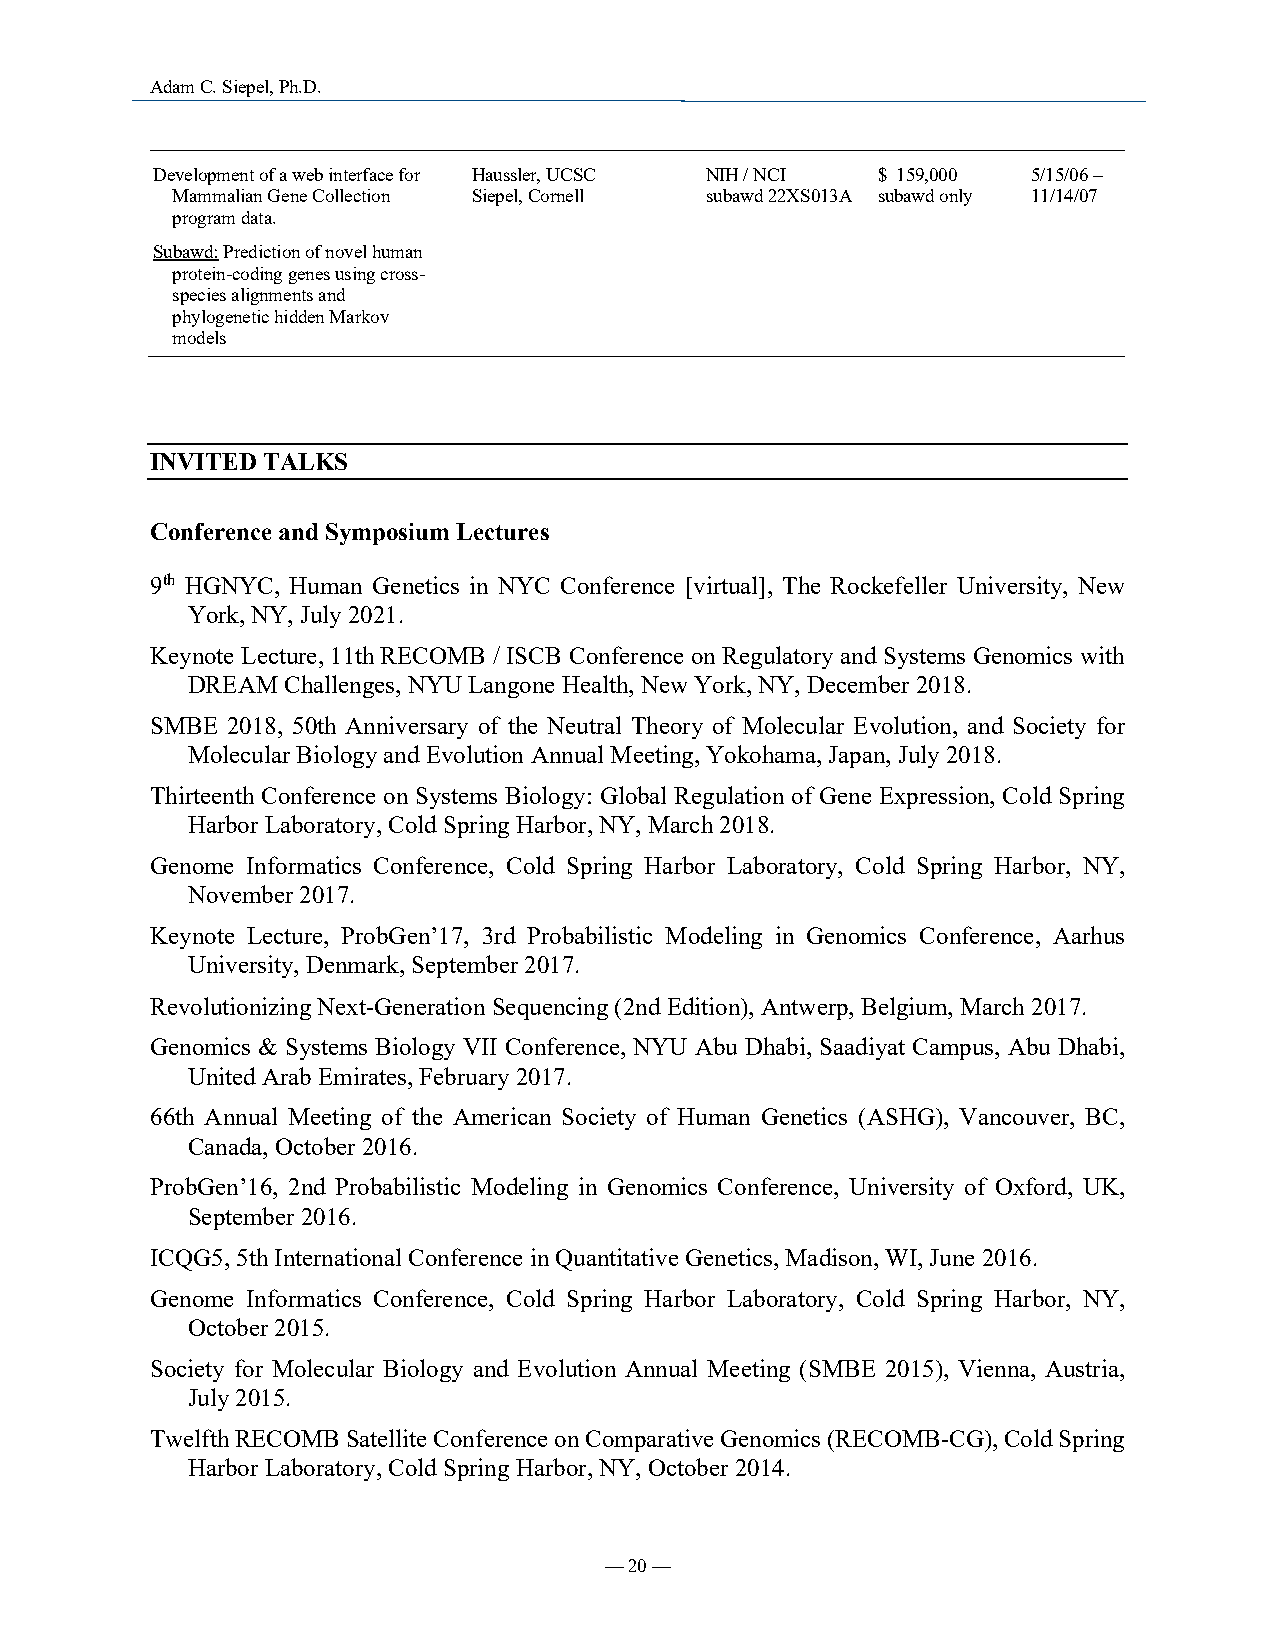
Adam C. Siepel, Ph.D.
 Development of a web interface for Haussler, UCSC NIH / NCI $ 159,000 5/15/06 –
 Mammalian Gene Collection Siepel, Cornell subawd 22XS013A subawd only 11/14/07
 program data.
 Subawd: Prediction of novel human
 protein-coding genes using cross-
 species alignments and
 phylogenetic hidden Markov
 models
 INVITED TALKS
 Conference and Symposium Lectures
 9th HGNYC, Human Genetics in NYC Conference [virtual], The Rockefeller University, New
 York, NY, July 2021.
 Keynote Lecture, 11th RECOMB / ISCB Conference on Regulatory and Systems Genomics with
 DREAM  Challenges, NYU Langone Health, New York, NY, December 2018.
 SMBE 2018, 50th Anniversary of the Neutral Theory of Molecular Evolution, and Society for
 Molecular Biology and Evolution Annual Meeting, Yokohama, Japan, July 2018.
 Thirteenth Conference on Systems Biology: Global Regulation of Gene Expression, Cold Spring
 Harbor Laboratory, Cold Spring Harbor, NY, March 2018.
 Genome Informatics Conference, Cold Spring Harbor Laboratory, Cold Spring Harbor, NY,
 November 2017.
 Keynote Lecture, ProbGen’17, 3rd Probabilistic Modeling in Genomics Conference, Aarhus
 University, Denmark, September 2017.
 Revolutionizing Next-Generation Sequencing (2nd Edition), Antwerp, Belgium, March 2017.
 Genomics & Systems Biology VII Conference, NYU Abu Dhabi, Saadiyat Campus, Abu Dhabi,
 United Arab Emirates, February 2017.
 66th Annual Meeting of the American Society of Human Genetics (ASHG), Vancouver, BC,
 Canada, October 2016.
 ProbGen’16, 2nd Probabilistic Modeling in Genomics Conference, University of Oxford, UK,
 September 2016.
 ICQG5, 5th International Conference in Quantitative Genetics, Madison, WI, June 2016.
 Genome Informatics Conference, Cold Spring Harbor Laboratory, Cold Spring Harbor, NY,
 October 2015.
 Society for Molecular Biology and Evolution Annual Meeting (SMBE 2015), Vienna, Austria,
 July 2015.
 Twelfth RECOMB Satellite Conference on Comparative Genomics (RECOMB-CG), Cold Spring
 Harbor Laboratory, Cold Spring Harbor, NY, October 2014.
 — 20 —